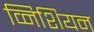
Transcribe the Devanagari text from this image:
व्निशियन